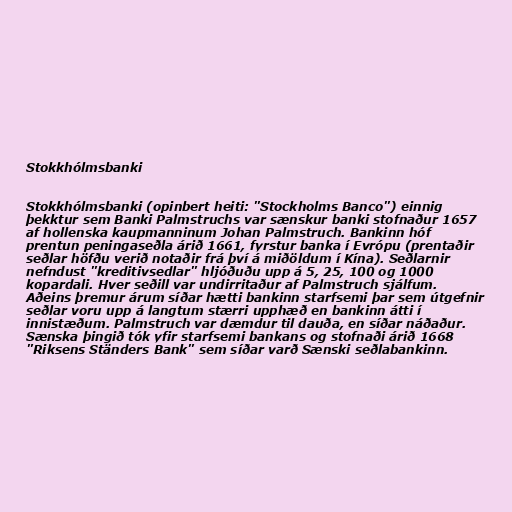
Stokkhólmsbanki

Stokkhólmsbanki (opinbert heiti: "Stockholms Banco") einnig
þekktur sem Banki Palmstruchs var sænskur banki stofnaður 1657
af hollenska kaupmanninum Johan Palmstruch. Bankinn hóf
prentun peningaseðla árið 1661, fyrstur banka í Evrópu (prentaðir
seðlar höfðu verið notaðir frá því á miðöldum í Kína). Seðlarnir
nefndust "kreditivsedlar" hljóðuðu upp á 5, 25, 100 og 1000
kopardali. Hver seðill var undirritaður af Palmstruch sjálfum.
Aðeins þremur árum síðar hætti bankinn starfsemi þar sem útgefnir
seðlar voru upp á langtum stærri upphæð en bankinn átti í
innistæðum. Palmstruch var dæmdur til dauða, en síðar náðaður.
Sænska þingið tók yfir starfsemi bankans og stofnaði árið 1668
"Riksens Ständers Bank" sem síðar varð Sænski seðlabankinn.